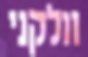
וולקני